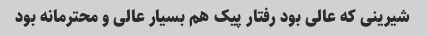
شیرینی که عالی بود رفتار پیک هم بسیار عالی و محترمانه بود